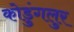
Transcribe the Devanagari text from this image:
कोडुंगलुर